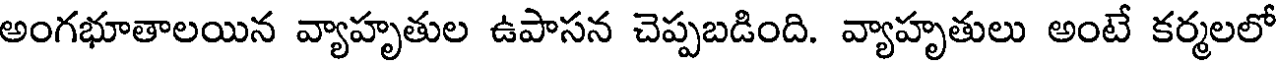
అంగభూతాలయిన వ్యాహృతుల ఉపాసన చెప్పబడింది. వ్యాహృతులు అంటే కర్మలలో